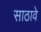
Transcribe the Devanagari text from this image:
साठावे